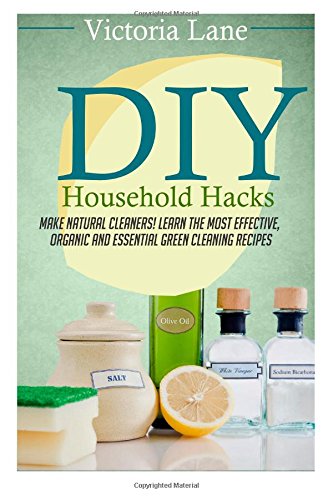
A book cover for DIY Household Hacks: Make Natural Cleaners! Learn the Most Effective, Organic and Essential Green Cleaning Recipes (Save Thousands a Year by Making Natural and Organic DIY Natural Household Cleaners); Victoria Lane; Crafts, Hobbies & Home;